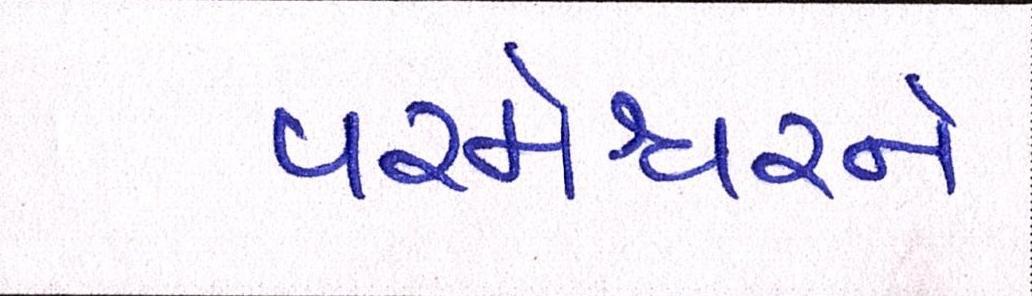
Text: પરમેશ્વરને